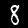
Label: 8